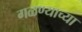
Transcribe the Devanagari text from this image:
गळण्याच्या